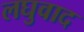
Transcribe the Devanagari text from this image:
लघुवाद